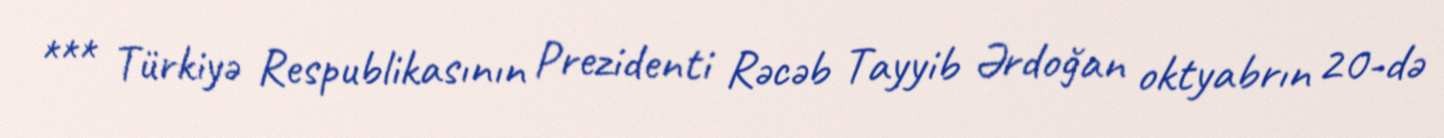
*** Türkiyə Respublikasının Prezidenti Rəcəb Tayyib Ərdoğan oktyabrın 20-də